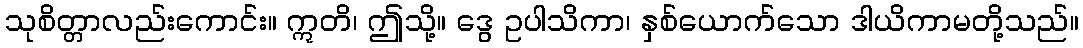
သုစိတ္တာလည်းကောင်း။ ဣတိ၊ ဤသို့။ ဒွေ ဥပါသိကာ၊ နှစ်ယောက်သော ဒါယိကာမတို့သည်။